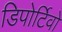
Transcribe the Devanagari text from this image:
डिपोर्टिवो